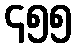
၄၅၅